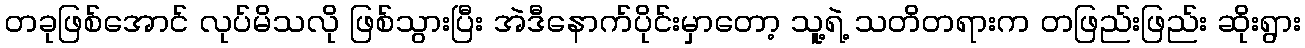
တခုဖြစ်အောင် လုပ်မိသလို ဖြစ်သွားပြီး အဲဒီနောက်ပိုင်းမှာတော့ သူ့ရဲ့ သတိတရားက တဖြည်းဖြည်း ဆိုးရွား